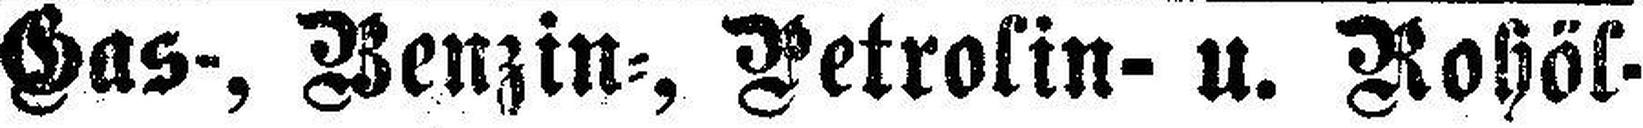
Gas-, Benzin=, Petrolin- u. Rohöl-